Indian journal of veterinary science and animal husbandry - Volumes 18-21, 1948-1951
Year: 1948
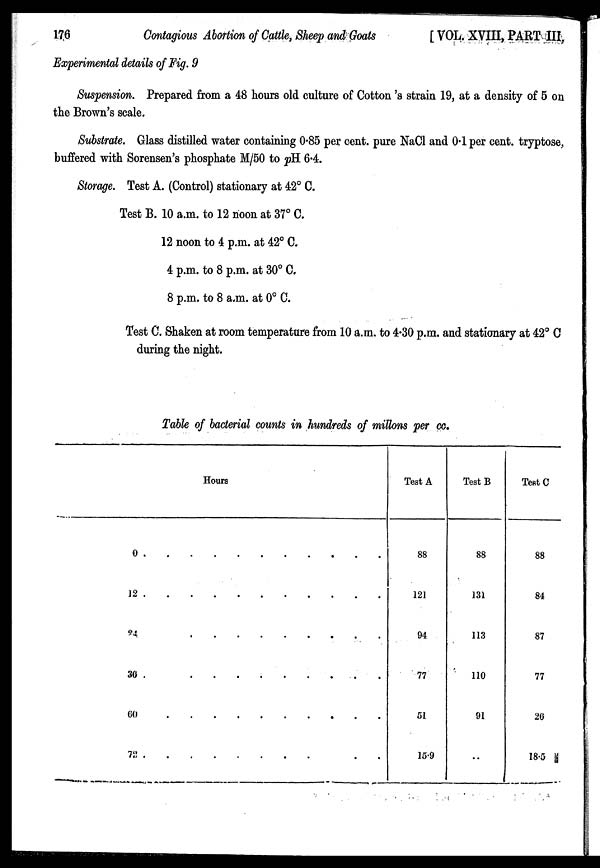
176
Contagious Abortion of Cattle, Sheep and Goats
[VOL. XVIII, PART III,
Experimental details of Fig. 9
Suspension. Prepared from a 48 hours old culture of Cotton 's strain 19, at a density of 5 on
the Brown's scale.
Substrate. Glass distilled water containing 0.85 per cent. pure NaCl and 0.1 per cent. tryptose,
buffered with Sorensen's phosphate M/50 to pH 6.4.
Storage. Test A. (Control) stationary at 42° C.
Test B. 10 a.m. to 12 noon at 37° C.
12 noon to 4 p.m. at 42° C.
4 p.m. to 8 p.m. at 30° C.
8 p.m. to 8 a.m. at 0° C.
Test C. Shaken at room temperature from 10 a.m. to 4.30 p.m. and stationary at 42° C
during the night.
Table of bacterial counts in hundreds of millons per cc.
Hours
0 . . . . . . . .
12 . . . . . . . .
24 . . . . . . . .
30 . . . . . . . .
60
.
.
.
.
.
.
.
.
72
.
.
.
.
.
.
.
.
Test A
88
121
94
77
51
15.9
Test B
88
131
113
110
91
..
Teat C
88
84
87
77
26
18.5